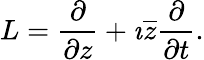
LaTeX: L={\frac{\partial}{\partial z}}+\imath{\overline{{z}}}{\frac{\partial}{\partial t}}.